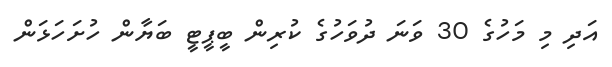
އަދި މި މަހުގެ 30 ވަނަ ދުވަހުގެ ކުރިން ބީޕީޓީ ބަޔާން ހުށަހަޅަން